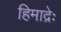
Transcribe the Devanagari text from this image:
हिमाद्रेः